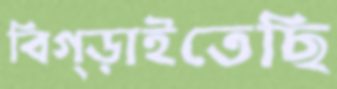
বিগ্‌ড়াইতেছি